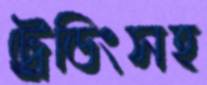
ট্রেডিংসহ